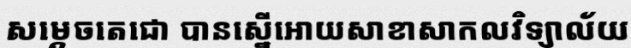
សម្តេចតេជោ បានស្នើអោយសាខាសាកលវិទ្យាល័យ